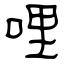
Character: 哩